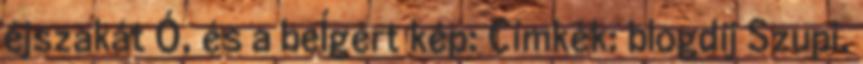
éjszakát Ó, és a beÍgért kép: Címkék: blogdíj Szupi,